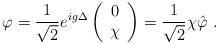
LaTeX: \begin{align*}\varphi = \frac{1}{\sqrt{2}} e^{ig\Delta} \left( \begin{array}{c}0 \\ \chi \end{array} \right) = \frac{1}{\sqrt{2}} \chi \hat{\varphi} \ .\end{align*}